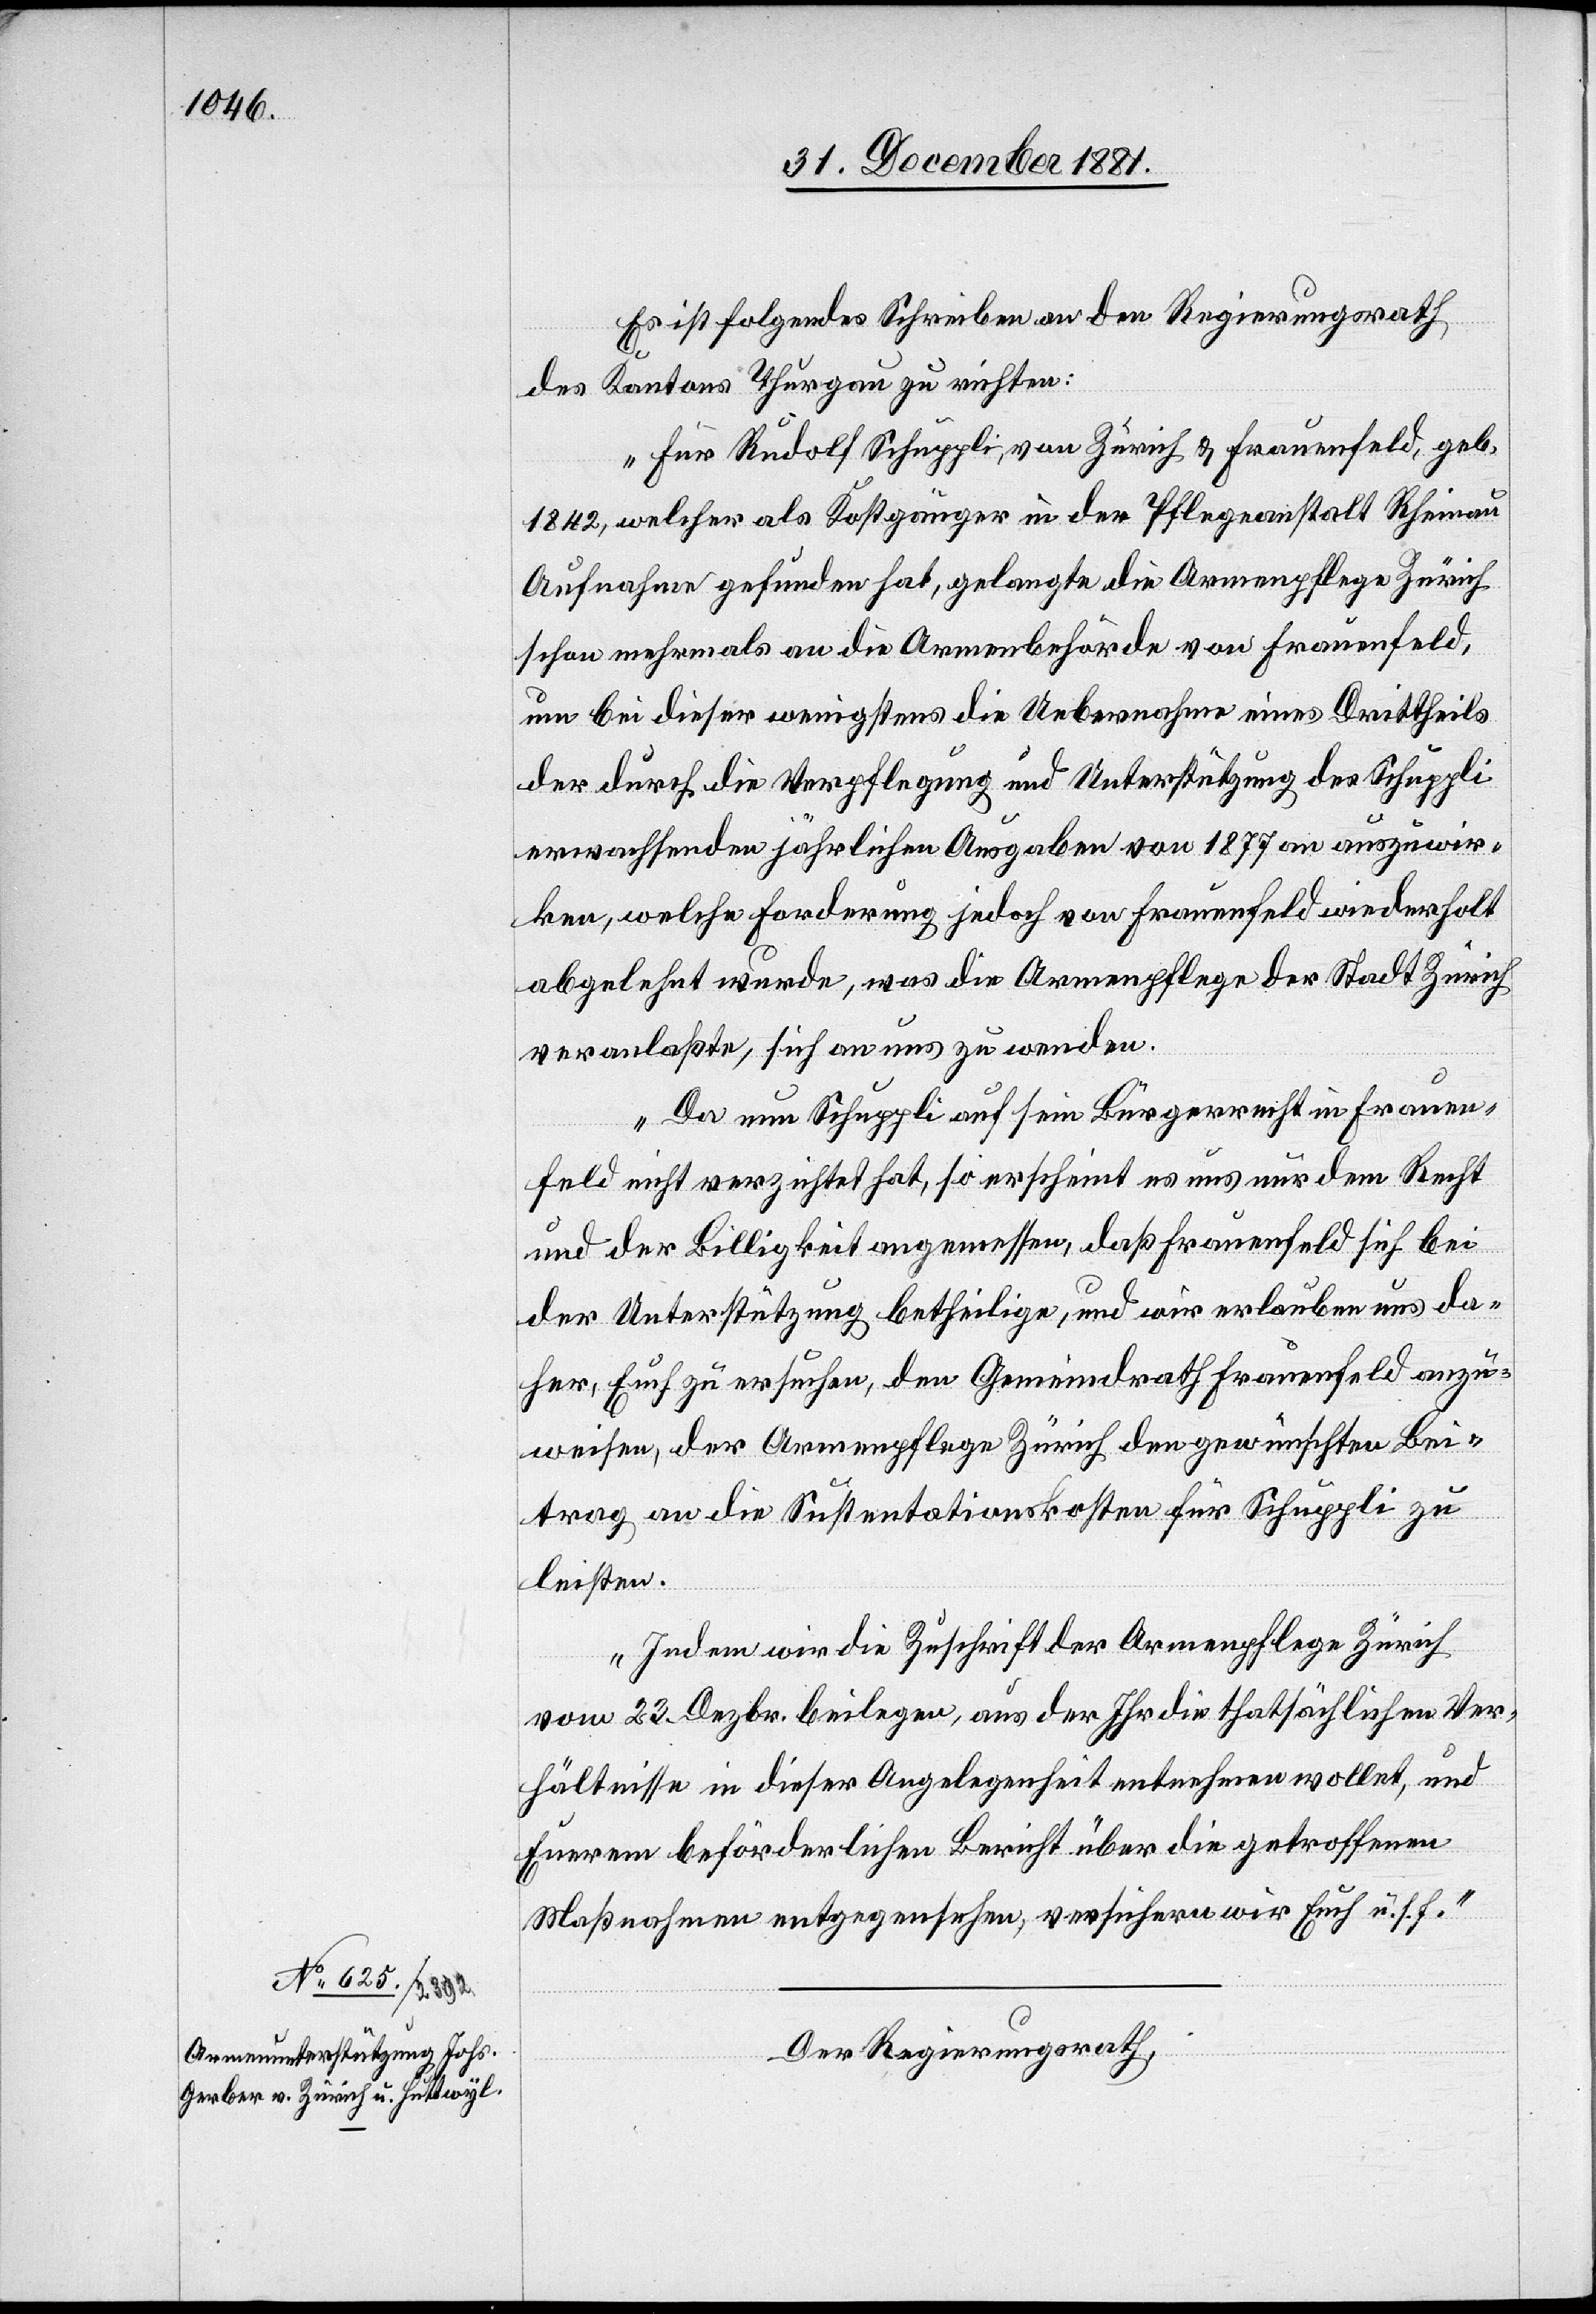
Es ist folgendes Schreiben an den Regierungsrath
des Kantons Thurgau zu richten:
„Für Rudolf Schuppli, von Zürich & Frauenfeld, geb.
1842, welcher als Kostgänger in der Pfleganstalt Rheinau
Aufnahme gefunden hat, gelangte die Armenpflege Zürich
schon mehrmals an die Armenbehörde von Frauenfeld,
um bei dieser wenigstens die Uebernahme eines Drittheils
der durch die Verpflegung und Unterstützung des Schuppli
erwachsenden jährlichen Ausgaben von 1877 an auszuwir¬
ken, welche Forderung jedoch von Frauenfeld wiederholt
abgelehnt wurde, was die Armenpflege der Stadt Zürich
veranlaßt, sich an uns zu wenden.
Da nun Schuppli auf sein Bürgerrecht in Frauen¬
feld nicht verzichtet hat, so erscheint es uns nur dem Recht
und der Billigkeit angemessen, daß Frauenfeld sich bei
der Unterstützung betheilige, und wir erlauben uns da¬
her, Euch zu ersuchen, den Gemeindrath Frauenfeld anzu¬
weisen, der Armenpflege Zürich den gewünschten Bei¬
trag an die Sustentationskosten für Schuppli zu
leisten.
Indem wir die Zuschrift der Armenpflege Zürich
vom 23. Dezbr. beilegen, aus der Ihr die thatsächlichen Ver¬
hältnisse in dieser Angelegenheit entnehmen wollet, und
Euerem beförderlichen Bericht über die getroffenen
Maßnahmen entgegensehen, versichern wir Euch u. s. f.“
Der Regierungsrath